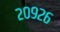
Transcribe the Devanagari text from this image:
२०९२६